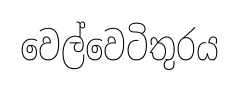
වෙල්වෙටිතුරය